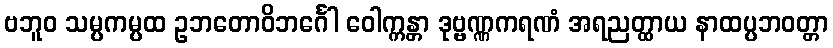
ဗဘူဝ သမ္ပကမ္ပထ ဥဘတောဝိဘင်္ဂေါ ဝေါက္ကန္တာ ဒုဗ္ဗဏ္ဏကရဏံ အရညတ္ထာယ နာထပ္ပဘဝတ္တာ